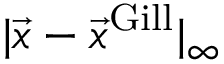
| \vec { x } - \vec { x } ^ { \mathrm { G i l l } } | _ { \infty }